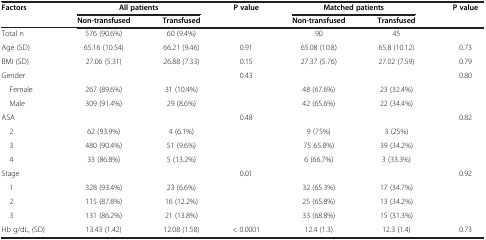
<table><thead><tr><td rowspan="2"><b>Factors</b></td><td colspan="2"><b>All patients</b></td><td rowspan="2"><b>P value</b></td><td colspan="2"><b>Matched patients</b></td><td rowspan="2"><b>P value</b></td></tr><tr><td><b>Non-transfused</b></td><td><b>Transfused</b></td><td><b>Non-transfused</b></td><td><b>Transfused</b></td></tr></thead><tbody><tr><td>Total n</td><td>576 (90.6%)</td><td>60 (9.4%)</td><td> </td><td>90</td><td>45</td><td> </td></tr><tr><td>Age (SD)</td><td>65.16 (10.54)</td><td>66.21 (9.46)</td><td>0.91</td><td>65.08 (10.8)</td><td>65.8 (10.12)</td><td>0.73</td></tr><tr><td>BMI (SD)</td><td>27.06 (5.31)</td><td>26.88 (7.33)</td><td>0.15</td><td>27.37 (5.76)</td><td>27.02 (7.59)</td><td>0.79</td></tr><tr><td>Gender</td><td> </td><td> </td><td>0.43</td><td> </td><td> </td><td>0.80</td></tr><tr><td> Female</td><td>267 (89.6%)</td><td>31 (10.4%)</td><td> </td><td>48 (67.6%)</td><td>23 (32.4%)</td><td> </td></tr><tr><td> Male</td><td>309 (91.4%)</td><td>29 (8.6%)</td><td> </td><td>42 (65.6%)</td><td>22 (34.4%)</td><td> </td></tr><tr><td>ASA</td><td> </td><td> </td><td>0.48</td><td> </td><td> </td><td>0.82</td></tr><tr><td> 2</td><td>62 (93.9%)</td><td>4 (6.1%)</td><td> </td><td>9 (75%)</td><td>3 (25%)</td><td> </td></tr><tr><td> 3</td><td>480 (90.4%)</td><td>51 (9.6%)</td><td> </td><td>75 65.8%)</td><td>39 (34.2%)</td><td> </td></tr><tr><td> 4</td><td>33 (86.8%)</td><td>5 (13.2%)</td><td> </td><td>6 (66.7%)</td><td>3 (33.3%)</td><td> </td></tr><tr><td>Stage</td><td> </td><td> </td><td>0.01</td><td> </td><td> </td><td>0.92</td></tr><tr><td> 1</td><td>328 (93.4%)</td><td>23 (6.6%)</td><td> </td><td>32 (65.3%)</td><td>17 (34.7%)</td><td> </td></tr><tr><td> 2</td><td>115 (87.8%)</td><td>16 (12.2%)</td><td> </td><td>25 (65.8%)</td><td>13 (34.2%)</td><td> </td></tr><tr><td> 3</td><td>131 (86.2%)</td><td>21 (13.8%)</td><td> </td><td>33 (68.8%)</td><td>15 (31.3%)</td><td> </td></tr><tr><td>Hb g/dL, (SD)</td><td>13.43 (1.42)</td><td>12.08 (1.58)</td><td>&lt; 0.0001</td><td>12.4 (1.3)</td><td>12.3 (1.4)</td><td>0.73</td></tr></tbody></table>